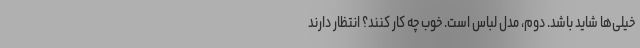
خیلی‌ها شاید باشد. دوم، مدل لباس است. خوب چه کار کنند؟ انتظار دارند